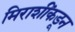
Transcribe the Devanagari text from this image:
मिराशींकडून